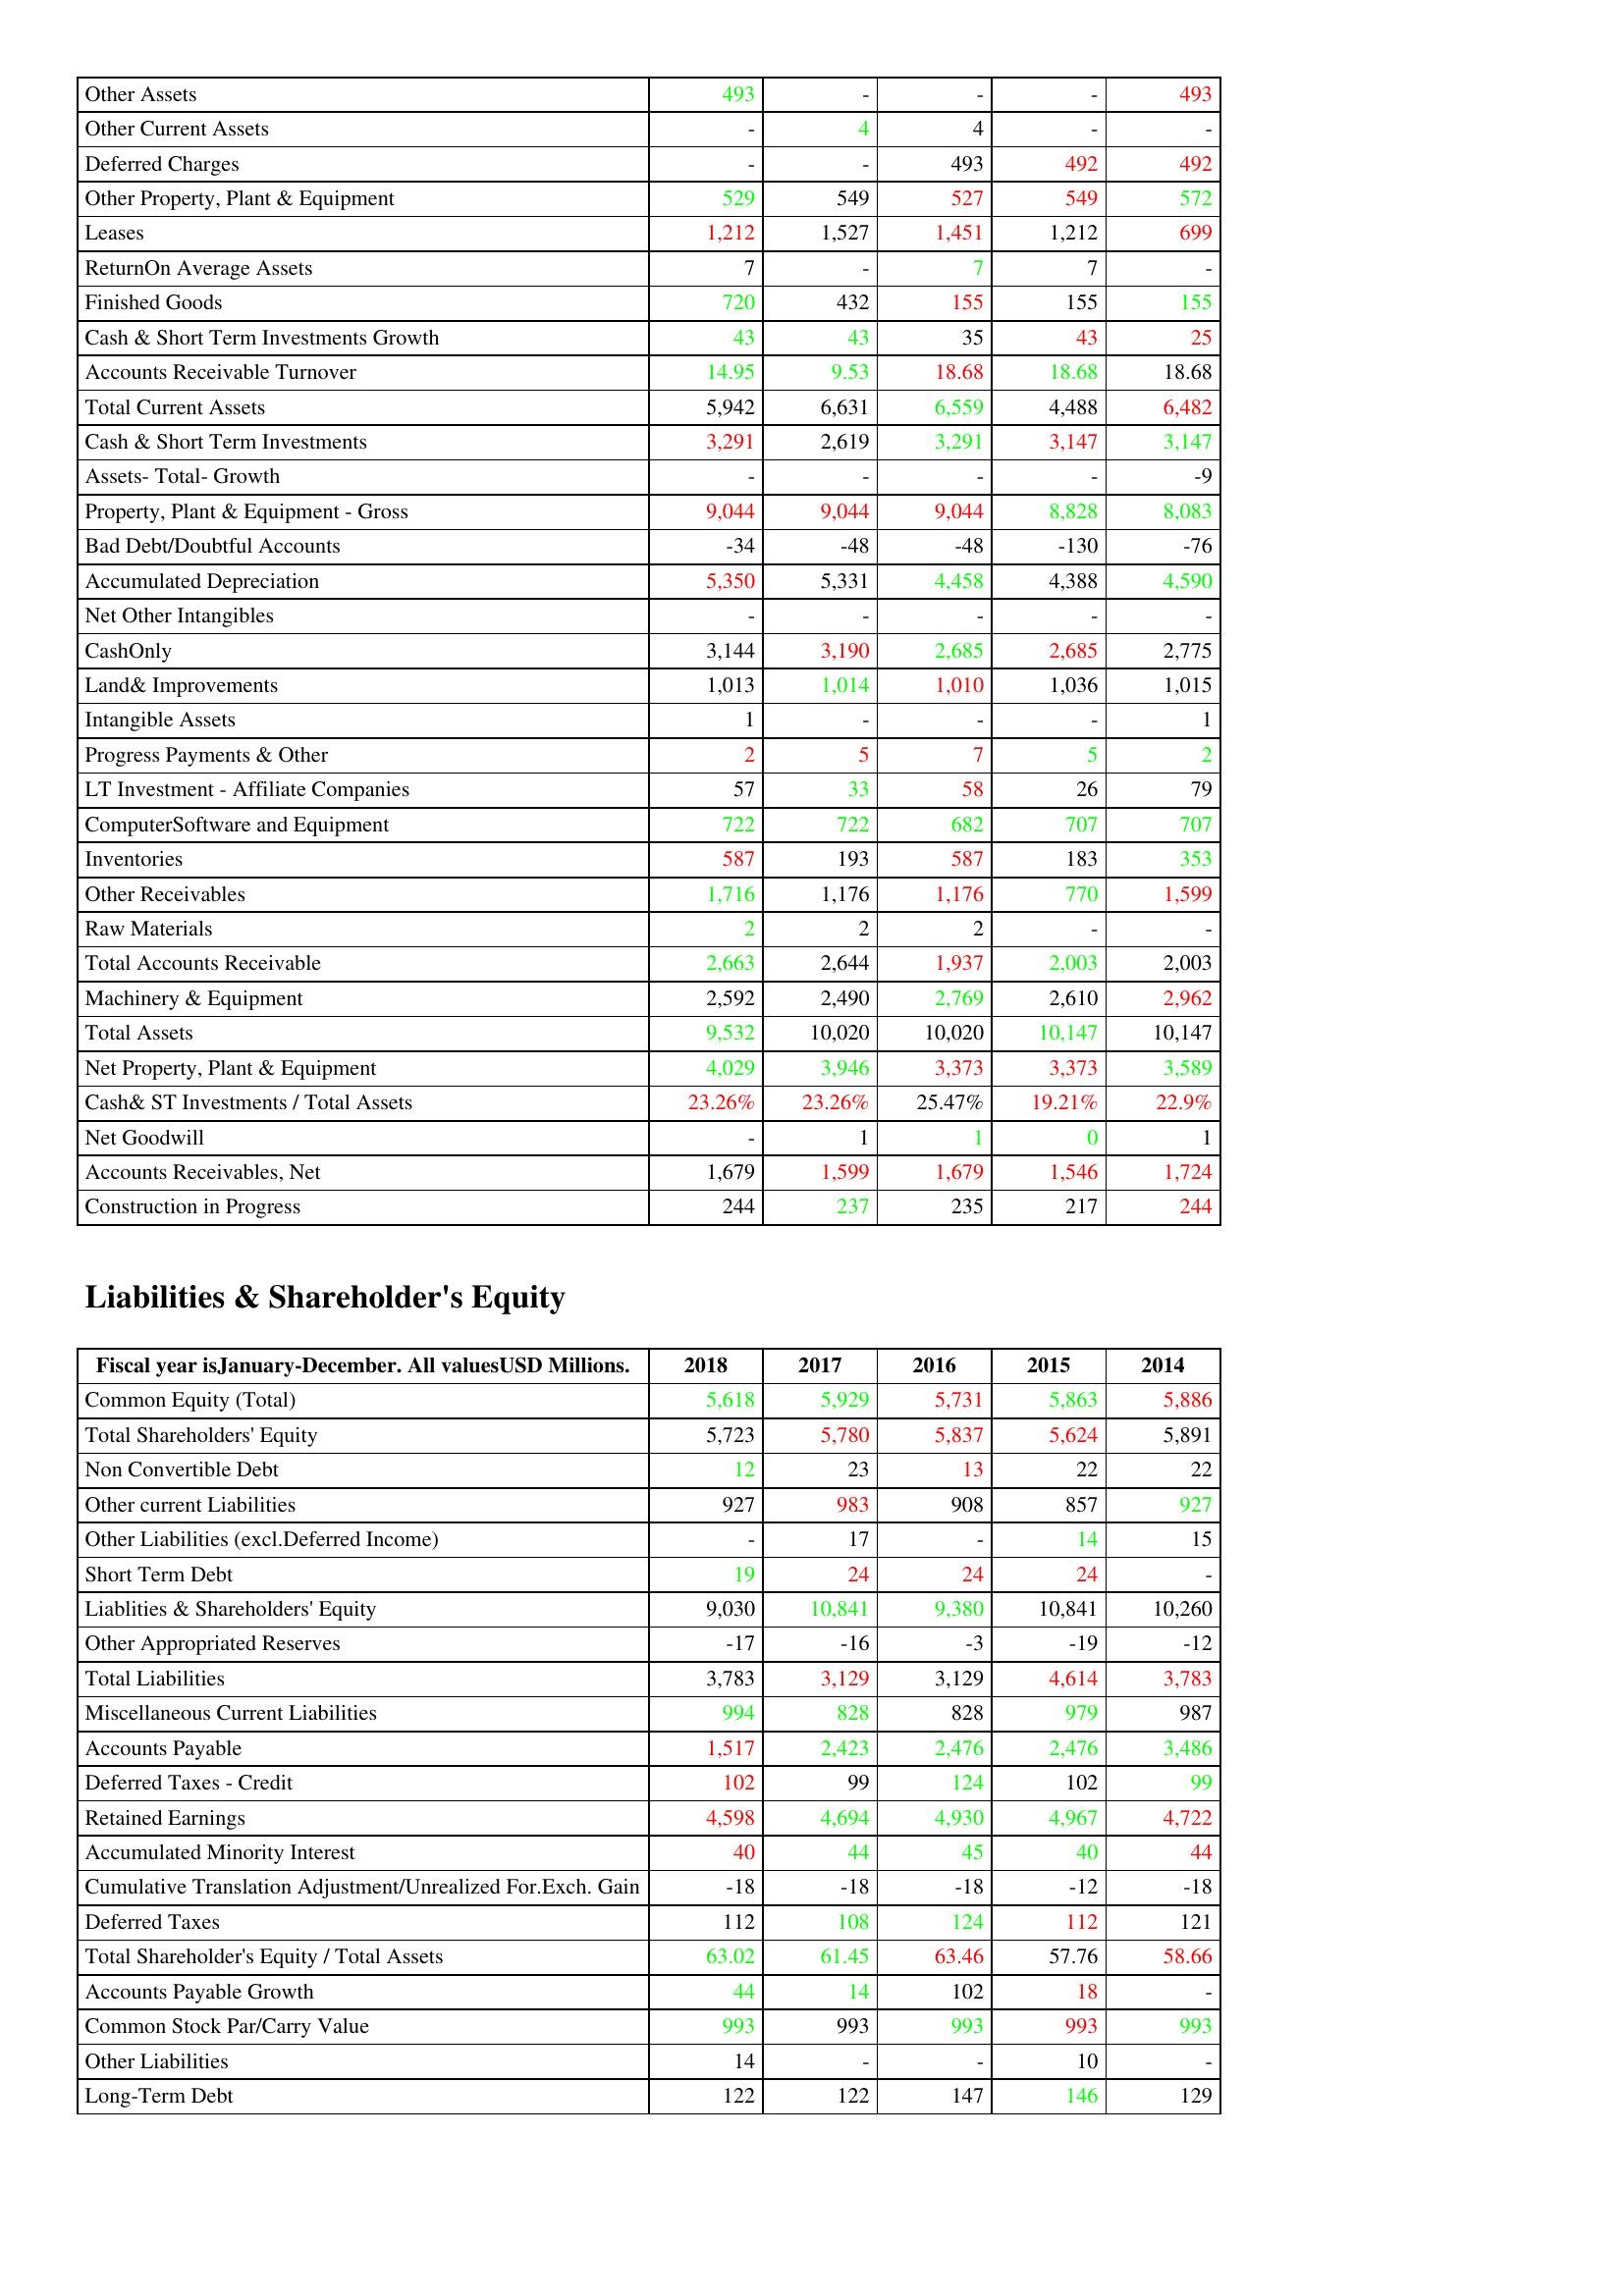
gt_parse: 2018: Assets: Other Assets: 493
Other Current Assets: -
Deferred Charges: -
Other Property, Plant & Equipment: 529
Leases: 1,212
ReturnOn Average Assets: 7
Finished Goods: 720
Cash & Short Term Investments Growth: 43
Accounts Receivable Turnover: 14.95
Total Current Assets: 5,942
Cash & Short Term Investments: 3,291
Assets- Total- Growth: -
Property, Plant & Equipment - Gross : 9,044
Bad Debt/Doubtful Accounts: -34
Accumulated Depreciation: 5,350
Net Other Intangibles: -
CashOnly: 3,144
Land& Improvements: 1,013
Intangible Assets: 1
Progress Payments & Other: 2
LT Investment - Affiliate Companies: 57
ComputerSoftware and Equipment: 722
Inventories: 587
Other Receivables: 1,716
Raw Materials: 2
Total Accounts Receivable: 2,663
Machinery & Equipment: 2,592
Total Assets: 9,532
Net Property, Plant & Equipment: 4,029
Cash& ST Investments / Total Assets: 23.26%
Net Goodwill: -
Accounts Receivables, Net: 1,679
Construction in Progress: 244
Liabilities & Shareholder's Equity: Common Equity (Total): 5,618
Total Shareholders' Equity: 5,723
Non Convertible Debt: 12
Other current Liabilities: 927
Other Liabilities (excl.Deferred Income): -
Short Term Debt: 19
Liablities & Shareholders' Equity: 9,030
Other Appropriated Reserves: -17
Total Liabilities: 3,783
Miscellaneous Current Liabilities: 994
Accounts Payable: 1,517
Deferred Taxes - Credit: 102
Retained Earnings: 4,598
Accumulated Minority Interest: 40
Cumulative Translation Adjustment/Unrealized For.Exch. Gain: -18
Deferred Taxes: 112
Total Shareholder's Equity / Total Assets: 63.02
Accounts Payable Growth: 44
Common Stock Par/Carry Value: 993
Other Liabilities: 14
Long-Term Debt: 122
2017: Assets: Other Assets: -
Other Current Assets: 4
Deferred Charges: -
Other Property, Plant & Equipment: 549
Leases: 1,527
ReturnOn Average Assets: -
Finished Goods: 432
Cash & Short Term Investments Growth: 43
Accounts Receivable Turnover: 9.53
Total Current Assets: 6,631
Cash & Short Term Investments: 2,619
Assets- Total- Growth: -
Property, Plant & Equipment - Gross : 9,044
Bad Debt/Doubtful Accounts: -48
Accumulated Depreciation: 5,331
Net Other Intangibles: -
CashOnly: 3,190
Land& Improvements: 1,014
Intangible Assets: -
Progress Payments & Other: 5
LT Investment - Affiliate Companies: 33
ComputerSoftware and Equipment: 722
Inventories: 193
Other Receivables: 1,176
Raw Materials: 2
Total Accounts Receivable: 2,644
Machinery & Equipment: 2,490
Total Assets: 10,020
Net Property, Plant & Equipment: 3,946
Cash& ST Investments / Total Assets: 23.26%
Net Goodwill: 1
Accounts Receivables, Net: 1,599
Construction in Progress: 237
Liabilities & Shareholder's Equity: Common Equity (Total): 5,929
Total Shareholders' Equity: 5,780
Non Convertible Debt: 23
Other current Liabilities: 983
Other Liabilities (excl.Deferred Income): 17
Short Term Debt: 24
Liablities & Shareholders' Equity: 10,841
Other Appropriated Reserves: -16
Total Liabilities: 3,129
Miscellaneous Current Liabilities: 828
Accounts Payable: 2,423
Deferred Taxes - Credit: 99
Retained Earnings: 4,694
Accumulated Minority Interest: 44
Cumulative Translation Adjustment/Unrealized For.Exch. Gain: -18
Deferred Taxes: 108
Total Shareholder's Equity / Total Assets: 61.45
Accounts Payable Growth: 14
Common Stock Par/Carry Value: 993
Other Liabilities: -
Long-Term Debt: 122
2016: Assets: Other Assets: -
Other Current Assets: 4
Deferred Charges: 493
Other Property, Plant & Equipment: 527
Leases: 1,451
ReturnOn Average Assets: 7
Finished Goods: 155
Cash & Short Term Investments Growth: 35
Accounts Receivable Turnover: 18.68
Total Current Assets: 6,559
Cash & Short Term Investments: 3,291
Assets- Total- Growth: -
Property, Plant & Equipment - Gross : 9,044
Bad Debt/Doubtful Accounts: -48
Accumulated Depreciation: 4,458
Net Other Intangibles: -
CashOnly: 2,685
Land& Improvements: 1,010
Intangible Assets: -
Progress Payments & Other: 7
LT Investment - Affiliate Companies: 58
ComputerSoftware and Equipment: 682
Inventories: 587
Other Receivables: 1,176
Raw Materials: 2
Total Accounts Receivable: 1,937
Machinery & Equipment: 2,769
Total Assets: 10,020
Net Property, Plant & Equipment: 3,373
Cash& ST Investments / Total Assets: 25.47%
Net Goodwill: 1
Accounts Receivables, Net: 1,679
Construction in Progress: 235
Liabilities & Shareholder's Equity: Common Equity (Total): 5,731
Total Shareholders' Equity: 5,837
Non Convertible Debt: 13
Other current Liabilities: 908
Other Liabilities (excl.Deferred Income): -
Short Term Debt: 24
Liablities & Shareholders' Equity: 9,380
Other Appropriated Reserves: -3
Total Liabilities: 3,129
Miscellaneous Current Liabilities: 828
Accounts Payable: 2,476
Deferred Taxes - Credit: 124
Retained Earnings: 4,930
Accumulated Minority Interest: 45
Cumulative Translation Adjustment/Unrealized For.Exch. Gain: -18
Deferred Taxes: 124
Total Shareholder's Equity / Total Assets: 63.46
Accounts Payable Growth: 102
Common Stock Par/Carry Value: 993
Other Liabilities: -
Long-Term Debt: 147
2015: Assets: Other Assets: -
Other Current Assets: -
Deferred Charges: 492
Other Property, Plant & Equipment: 549
Leases: 1,212
ReturnOn Average Assets: 7
Finished Goods: 155
Cash & Short Term Investments Growth: 43
Accounts Receivable Turnover: 18.68
Total Current Assets: 4,488
Cash & Short Term Investments: 3,147
Assets- Total- Growth: -
Property, Plant & Equipment - Gross : 8,828
Bad Debt/Doubtful Accounts: -130
Accumulated Depreciation: 4,388
Net Other Intangibles: -
CashOnly: 2,685
Land& Improvements: 1,036
Intangible Assets: -
Progress Payments & Other: 5
LT Investment - Affiliate Companies: 26
ComputerSoftware and Equipment: 707
Inventories: 183
Other Receivables: 770
Raw Materials: -
Total Accounts Receivable: 2,003
Machinery & Equipment: 2,610
Total Assets: 10,147
Net Property, Plant & Equipment: 3,373
Cash& ST Investments / Total Assets: 19.21%
Net Goodwill: 0
Accounts Receivables, Net: 1,546
Construction in Progress: 217
Liabilities & Shareholder's Equity: Common Equity (Total): 5,863
Total Shareholders' Equity: 5,624
Non Convertible Debt: 22
Other current Liabilities: 857
Other Liabilities (excl.Deferred Income): 14
Short Term Debt: 24
Liablities & Shareholders' Equity: 10,841
Other Appropriated Reserves: -19
Total Liabilities: 4,614
Miscellaneous Current Liabilities: 979
Accounts Payable: 2,476
Deferred Taxes - Credit: 102
Retained Earnings: 4,967
Accumulated Minority Interest: 40
Cumulative Translation Adjustment/Unrealized For.Exch. Gain: -12
Deferred Taxes: 112
Total Shareholder's Equity / Total Assets: 57.76
Accounts Payable Growth: 18
Common Stock Par/Carry Value: 993
Other Liabilities: 10
Long-Term Debt: 146
2014: Assets: Other Assets: 493
Other Current Assets: -
Deferred Charges: 492
Other Property, Plant & Equipment: 572
Leases: 699
ReturnOn Average Assets: -
Finished Goods: 155
Cash & Short Term Investments Growth: 25
Accounts Receivable Turnover: 18.68
Total Current Assets: 6,482
Cash & Short Term Investments: 3,147
Assets- Total- Growth: -9
Property, Plant & Equipment - Gross : 8,083
Bad Debt/Doubtful Accounts: -76
Accumulated Depreciation: 4,590
Net Other Intangibles: -
CashOnly: 2,775
Land& Improvements: 1,015
Intangible Assets: 1
Progress Payments & Other: 2
LT Investment - Affiliate Companies: 79
ComputerSoftware and Equipment: 707
Inventories: 353
Other Receivables: 1,599
Raw Materials: -
Total Accounts Receivable: 2,003
Machinery & Equipment: 2,962
Total Assets: 10,147
Net Property, Plant & Equipment: 3,589
Cash& ST Investments / Total Assets: 22.9%
Net Goodwill: 1
Accounts Receivables, Net: 1,724
Construction in Progress: 244
Liabilities & Shareholder's Equity: Common Equity (Total): 5,886
Total Shareholders' Equity: 5,891
Non Convertible Debt: 22
Other current Liabilities: 927
Other Liabilities (excl.Deferred Income): 15
Short Term Debt: -
Liablities & Shareholders' Equity: 10,260
Other Appropriated Reserves: -12
Total Liabilities: 3,783
Miscellaneous Current Liabilities: 987
Accounts Payable: 3,486
Deferred Taxes - Credit: 99
Retained Earnings: 4,722
Accumulated Minority Interest: 44
Cumulative Translation Adjustment/Unrealized For.Exch. Gain: -18
Deferred Taxes: 121
Total Shareholder's Equity / Total Assets: 58.66
Accounts Payable Growth: -
Common Stock Par/Carry Value: 993
Other Liabilities: -
Long-Term Debt: 129